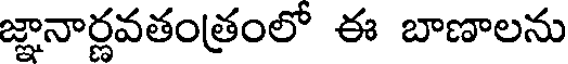
జ్ఞానార్ణవతంత్రంలో ఈ బాణాలను